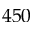
4 5 0